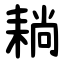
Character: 耥